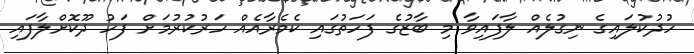
ހުދުކުލައިގެ ނިގުލެއް ލާފައިވާ މި ބާޒުގެ ފަހަތުގައި ކެމެރާއެއް ހަރުކުރުމަށް ފަހު ދޫކޮށްލާފައި